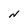
Character: N